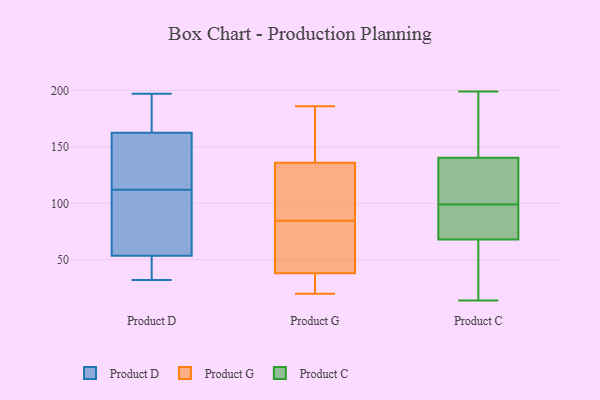
{"axis": {"x": "LTV (USD)", "y": "Value"}, "legend": ["Product C", "Product D", "Product G"], "data": [{"x": "", "y": 112, "type": "Product D"}, {"x": "", "y": 153, "type": "Product D"}, {"x": "", "y": 32, "type": "Product D"}, {"x": "", "y": 154, "type": "Product D"}, {"x": "", "y": 74, "type": "Product D"}, {"x": "", "y": 188, "type": "Product D"}, {"x": "", "y": 197, "type": "Product D"}, {"x": "", "y": 58, "type": "Product D"}, {"x": "", "y": 197, "type": "Product D"}, {"x": "", "y": 40, "type": "Product D"}, {"x": "", "y": 131, "type": "Product D"}, {"x": "", "y": 94, "type": "Product D"}, {"x": "", "y": 32, "type": "Product D"}, {"x": "", "y": 136, "type": "Product G"}, {"x": "", "y": 91, "type": "Product G"}, {"x": "", "y": 78, "type": "Product G"}, {"x": "", "y": 126, "type": "Product G"}, {"x": "", "y": 38, "type": "Product G"}, {"x": "", "y": 152, "type": "Product G"}, {"x": "", "y": 186, "type": "Product G"}, {"x": "", "y": 20, "type": "Product G"}, {"x": "", "y": 94, "type": "Product G"}, {"x": "", "y": 35, "type": "Product G"}, {"x": "", "y": 61, "type": "Product G"}, {"x": "", "y": 27, "type": "Product G"}, {"x": "", "y": 181, "type": "Product G"}, {"x": "", "y": 78, "type": "Product G"}, {"x": "", "y": 29, "type": "Product C"}, {"x": "", "y": 65, "type": "Product C"}, {"x": "", "y": 86, "type": "Product C"}, {"x": "", "y": 84, "type": "Product C"}, {"x": "", "y": 152, "type": "Product C"}, {"x": "", "y": 139, "type": "Product C"}, {"x": "", "y": 199, "type": "Product C"}, {"x": "", "y": 154, "type": "Product C"}, {"x": "", "y": 197, "type": "Product C"}, {"x": "", "y": 130, "type": "Product C"}, {"x": "", "y": 41, "type": "Product C"}, {"x": "", "y": 98, "type": "Product C"}, {"x": "", "y": 19, "type": "Product C"}, {"x": "", "y": 77, "type": "Product C"}, {"x": "", "y": 128, "type": "Product C"}, {"x": "", "y": 14, "type": "Product C"}, {"x": "", "y": 141, "type": "Product C"}, {"x": "", "y": 99, "type": "Product C"}, {"x": "", "y": 131, "type": "Product C"}]}